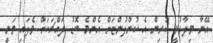
އޭނާ ވިދާޅުވީ ކުރިން އެ ކުންފުންޏަށް އެންމެ ބޮޑު ދައްޗަކަށް ވެފައި ވަނީ